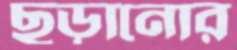
ছড়ানোর